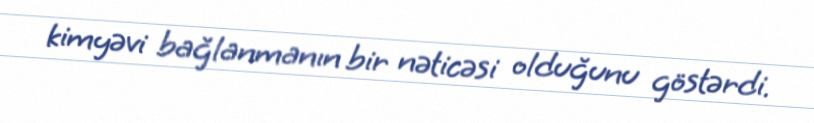
kimyəvi bağlanmanın bir nəticəsi olduğunu göstərdi.